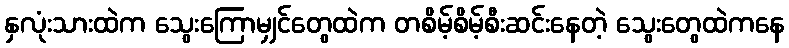
နှလုံးသားထဲက သွေးကြောမျှင်တွေထဲက တစိမ့်စိမ့်စီးဆင်းနေတဲ့ သွေးတွေထဲကနေ